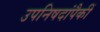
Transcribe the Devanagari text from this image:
उपनिषदांपैकीं